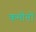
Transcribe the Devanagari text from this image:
कमीनों